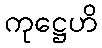
ကုဋ္ဌေဟိ